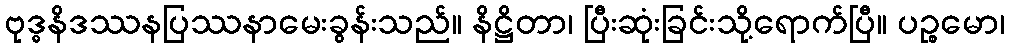
ဗုဒ္ဓနိဒဿနပြဿနာမေးခွန်းသည်။ နိဋ္ဌိတာ၊ ပြီးဆုံးခြင်းသို့ရောက်ပြီ။ ပဉ္စမော၊